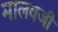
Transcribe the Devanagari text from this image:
मालवजी